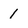
Character: 1